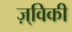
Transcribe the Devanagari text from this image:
ज़्विकी